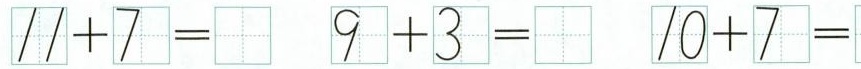
$$1 1 + 7 =$$ $$9 + 3 =$$ $$1 0 + 7 =$$